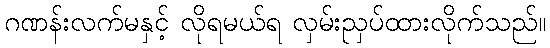
ဂဏန်းလက်မနှင့် လိုရမယ်ရ လှမ်းညှပ်ထားလိုက်သည်။